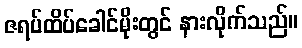
ဇရပ်ထိပ်ခေါင်မိုးတွင် နားလိုက်သည်။